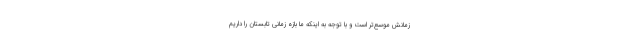
زمانش موسع‌تر است و با توجه به اینکه ما بازه زمانی تابستان را داریم